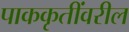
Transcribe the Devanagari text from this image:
पाककृतींवरील